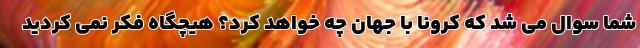
شما سوال می شد که کرونا با جهان چه خواهد کرد؟ هیچگاه فکر نمی کردید